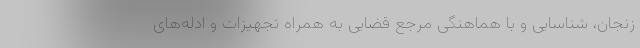
زنجان، شناسایی و با هماهنگی مرجع قضایی به همراه تجهیزات و ادله‌های